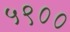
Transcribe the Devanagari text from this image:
५९००